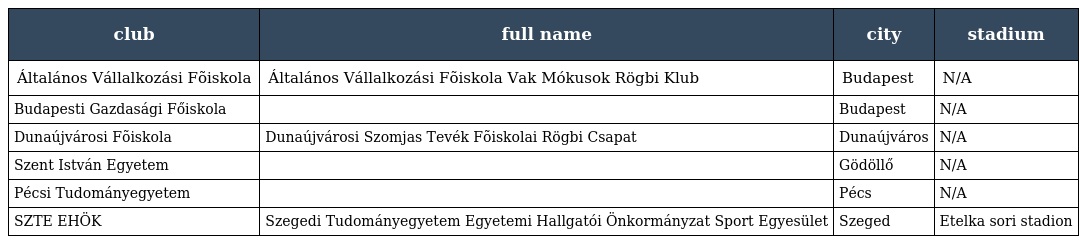
| club | full name | city | stadium |
 | --- | --- | --- | --- |
 | Általános Vállalkozási Fõiskola | Általános Vállalkozási Fõiskola Vak Mókusok Rögbi Klub | Budapest | N/A |
 | Budapesti Gazdasági Főiskola |  | Budapest | N/A |
 | Dunaújvárosi Fõiskola | Dunaújvárosi Szomjas Tevék Fõiskolai Rögbi Csapat | Dunaújváros | N/A |
 | Szent István Egyetem |  | Gödöllő | N/A |
 | Pécsi Tudományegyetem |  | Pécs | N/A |
 | SZTE EHÖK | Szegedi Tudományegyetem Egyetemi Hallgatói Önkormányzat Sport Egyesület | Szeged | Etelka sori stadion |